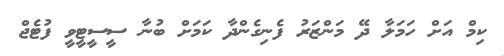
ކިމް އަށް ހަމަލާ ދޭ މަންޒަރު ފެނިގެންދާ ކަމަށް ބުނާ ސީސީޓީވީ ފުޓެޖް